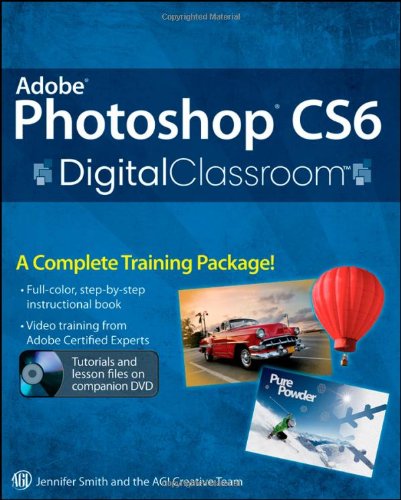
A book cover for Adobe Photoshop CS6 Digital Classroom; Jennifer Smith; Computers & Technology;